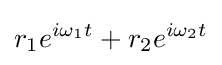
r_{1}e^{i\omega _{1}t}+r_{2}e^{i\omega _{2}t}